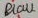
Text: Blau